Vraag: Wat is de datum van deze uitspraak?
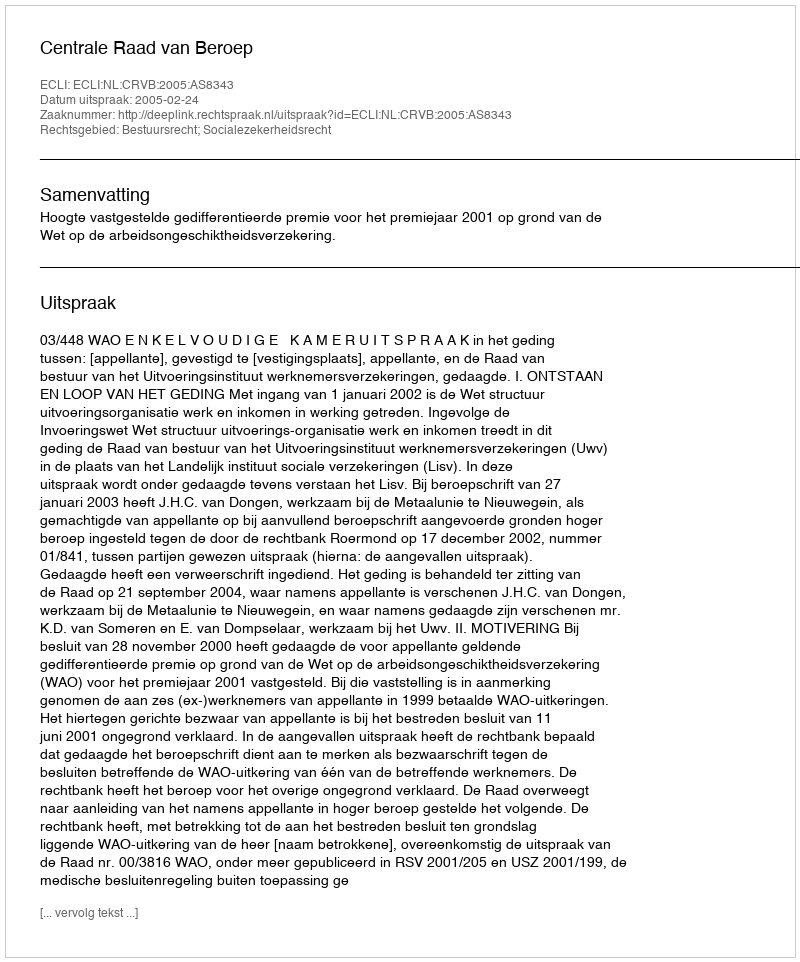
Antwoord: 2005-02-24